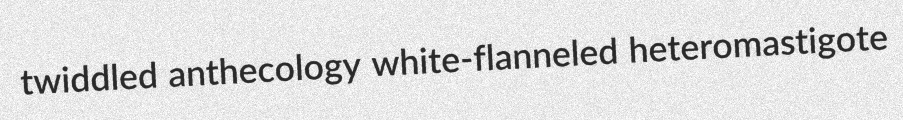
twiddled anthecology white-flanneled heteromastigote